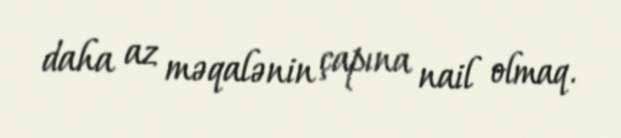
daha az məqalənin çapına nail olmaq.